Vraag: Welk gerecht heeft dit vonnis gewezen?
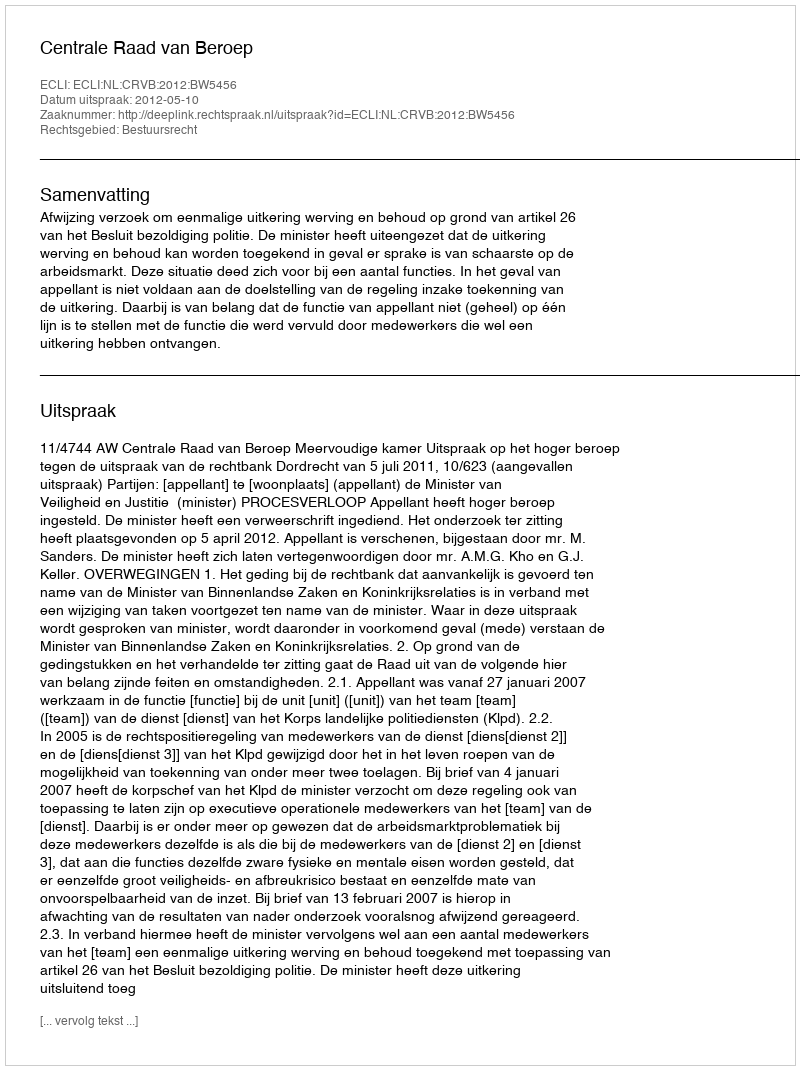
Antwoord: Centrale Raad van Beroep